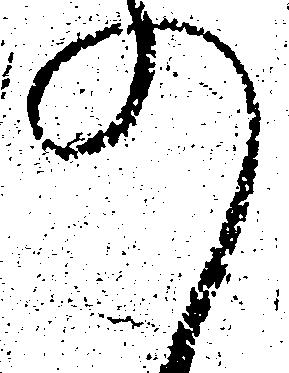
の